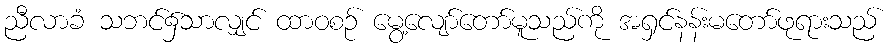
ညီလာခံ သဘင်၌သာလျှင် ထာဝစဉ် မွေ့လျော်တော်မူသည်ကို အရှင်နန်းမတော်ဖုရားသည်